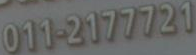
011-2177721